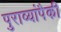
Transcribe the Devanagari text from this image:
पुराव्यांपैकी